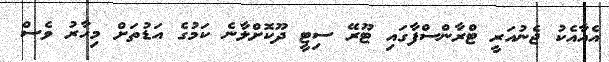
އެއާއެކު ޖެނުއަރީ ޓްރާންސްފާގައި ޓޫރޭ ސިޓީ ދޫކޮށްލާނެ ކަމުގެ އަޑުތަށް މިހާރު ވެސް